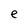
Character: e